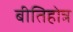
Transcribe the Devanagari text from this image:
बीतिहोत्र